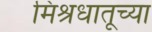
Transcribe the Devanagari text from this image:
मिश्रधातूच्या